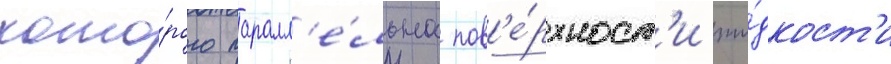
кото́рого паралл'е́льна пов'е́рхност'и жи́дкост'и